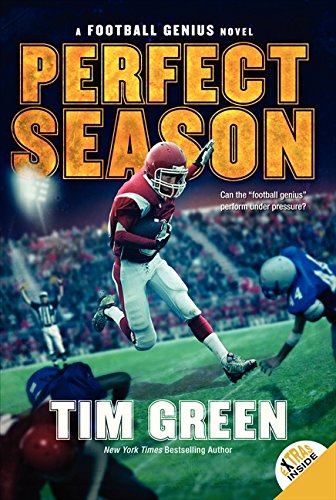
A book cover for Perfect Season (Football Genius); Tim Green; Children's Books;